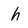
Character: h